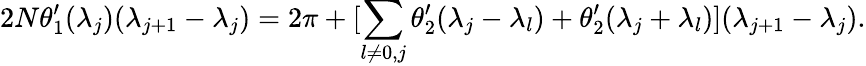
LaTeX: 2N\theta_{1}^{\prime}(\lambda_{j})(\lambda_{j+1}-\lambda_{j})=2\pi+[\sum_{l\neq 0,j}\theta_{2}^{\prime}(\lambda_{j}-\lambda_{l})+\theta_{2}^{\prime}(\lambda_{j}+\lambda_{l})](\lambda_{j+1}-\lambda_{j}).